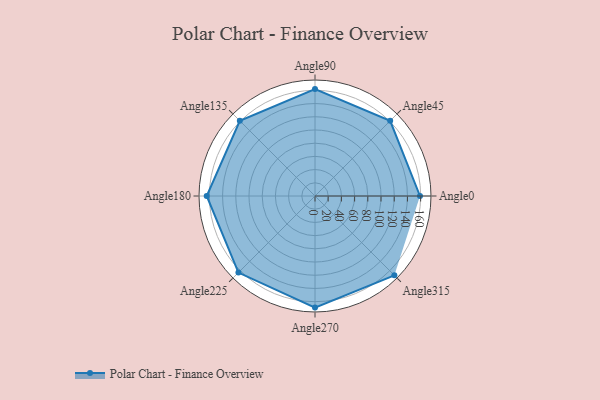
{"axis": {"x": "Angle", "y": "Radius"}, "legend": [""], "data": [{"x": "Angle0", "y": 159.0, "type": ""}, {"x": "Angle45", "y": 161.0, "type": ""}, {"x": "Angle90", "y": 162.0, "type": ""}, {"x": "Angle135", "y": 161.0, "type": ""}, {"x": "Angle180", "y": 164.0, "type": ""}, {"x": "Angle225", "y": 164.0, "type": ""}, {"x": "Angle270", "y": 169.0, "type": ""}, {"x": "Angle315", "y": 170, "type": ""}]}